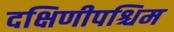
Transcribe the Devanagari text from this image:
दक्षिणीपश्चिम